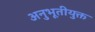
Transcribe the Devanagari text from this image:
अनुभूतीयुक्त